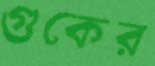
গুকের